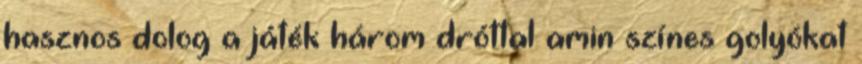
hasznos dolog a játék három dróttal amin színes golyókat